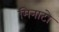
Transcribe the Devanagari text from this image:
मिनाटो